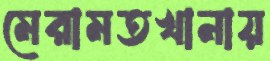
মেরামতখানায়